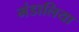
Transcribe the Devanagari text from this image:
मंडालिया